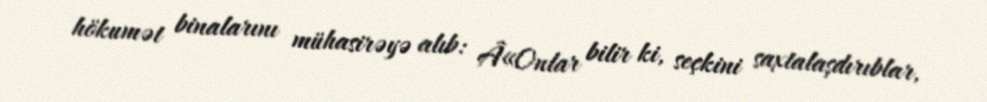
hökumət binalarını mühasirəyə alıb: Â«Onlar bilir ki, seçkini saxtalaşdırıblar,